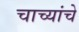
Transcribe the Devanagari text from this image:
चाच्यांचे